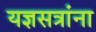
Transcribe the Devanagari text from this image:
यज्ञसत्रांना